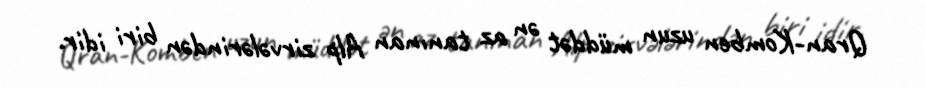
Qran-Komben uzun müddət ən az tanınan Alp zirvələrindən biri idir.